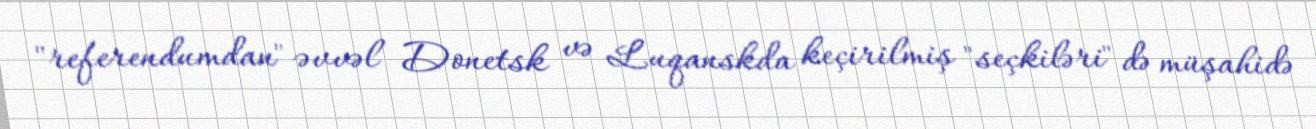
"referendumdan" əvvəl Donetsk və Luqanskda keçirilmiş "seçkiləri" də müşahidə